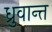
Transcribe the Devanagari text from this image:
ध्रुवान्त